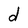
Character: d